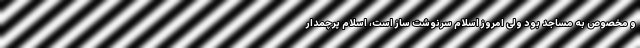
و مخصوص به مساجد بود ولی امروز اسلام سرنوشت ساز است، اسلام پرچمدار